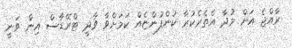
ރާއްޖެ އަށް މުދާ އެތެރެކުރާ ކުންފުންޏެއް ކަމަށްވާ ވާދީ ޓްރޭޑާސް އިން ވަނީ